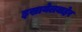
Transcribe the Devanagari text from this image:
इस्रायेलबाहेर